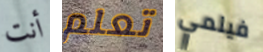
أنت تعلم فيلمي